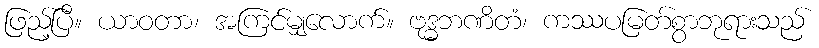
ဖြည့်ပြီ။ ယာဝတာ၊ အကြင်မျှလောက်။ ဗုဒ္ဓဘဏိတံ၊ ကဿပမြတ်စွာဘုရားသည်